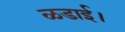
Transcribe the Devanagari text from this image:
ळडाई।